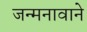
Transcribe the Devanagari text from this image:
जन्मनावाने